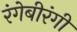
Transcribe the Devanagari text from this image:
रंगेबीरंगी